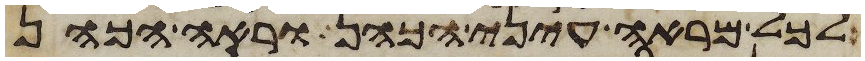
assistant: לכל מראה עיני הכהן וראה הכהן